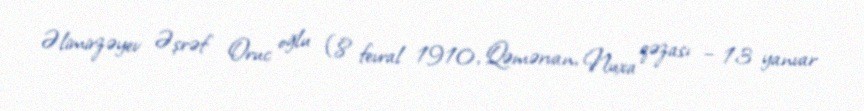
Əlimirzəyev Əşrəf Oruc oğlu (8 fevral 1910, Qəmərvan, Nuxa qəzası – 13 yanvar